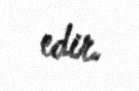
edir.